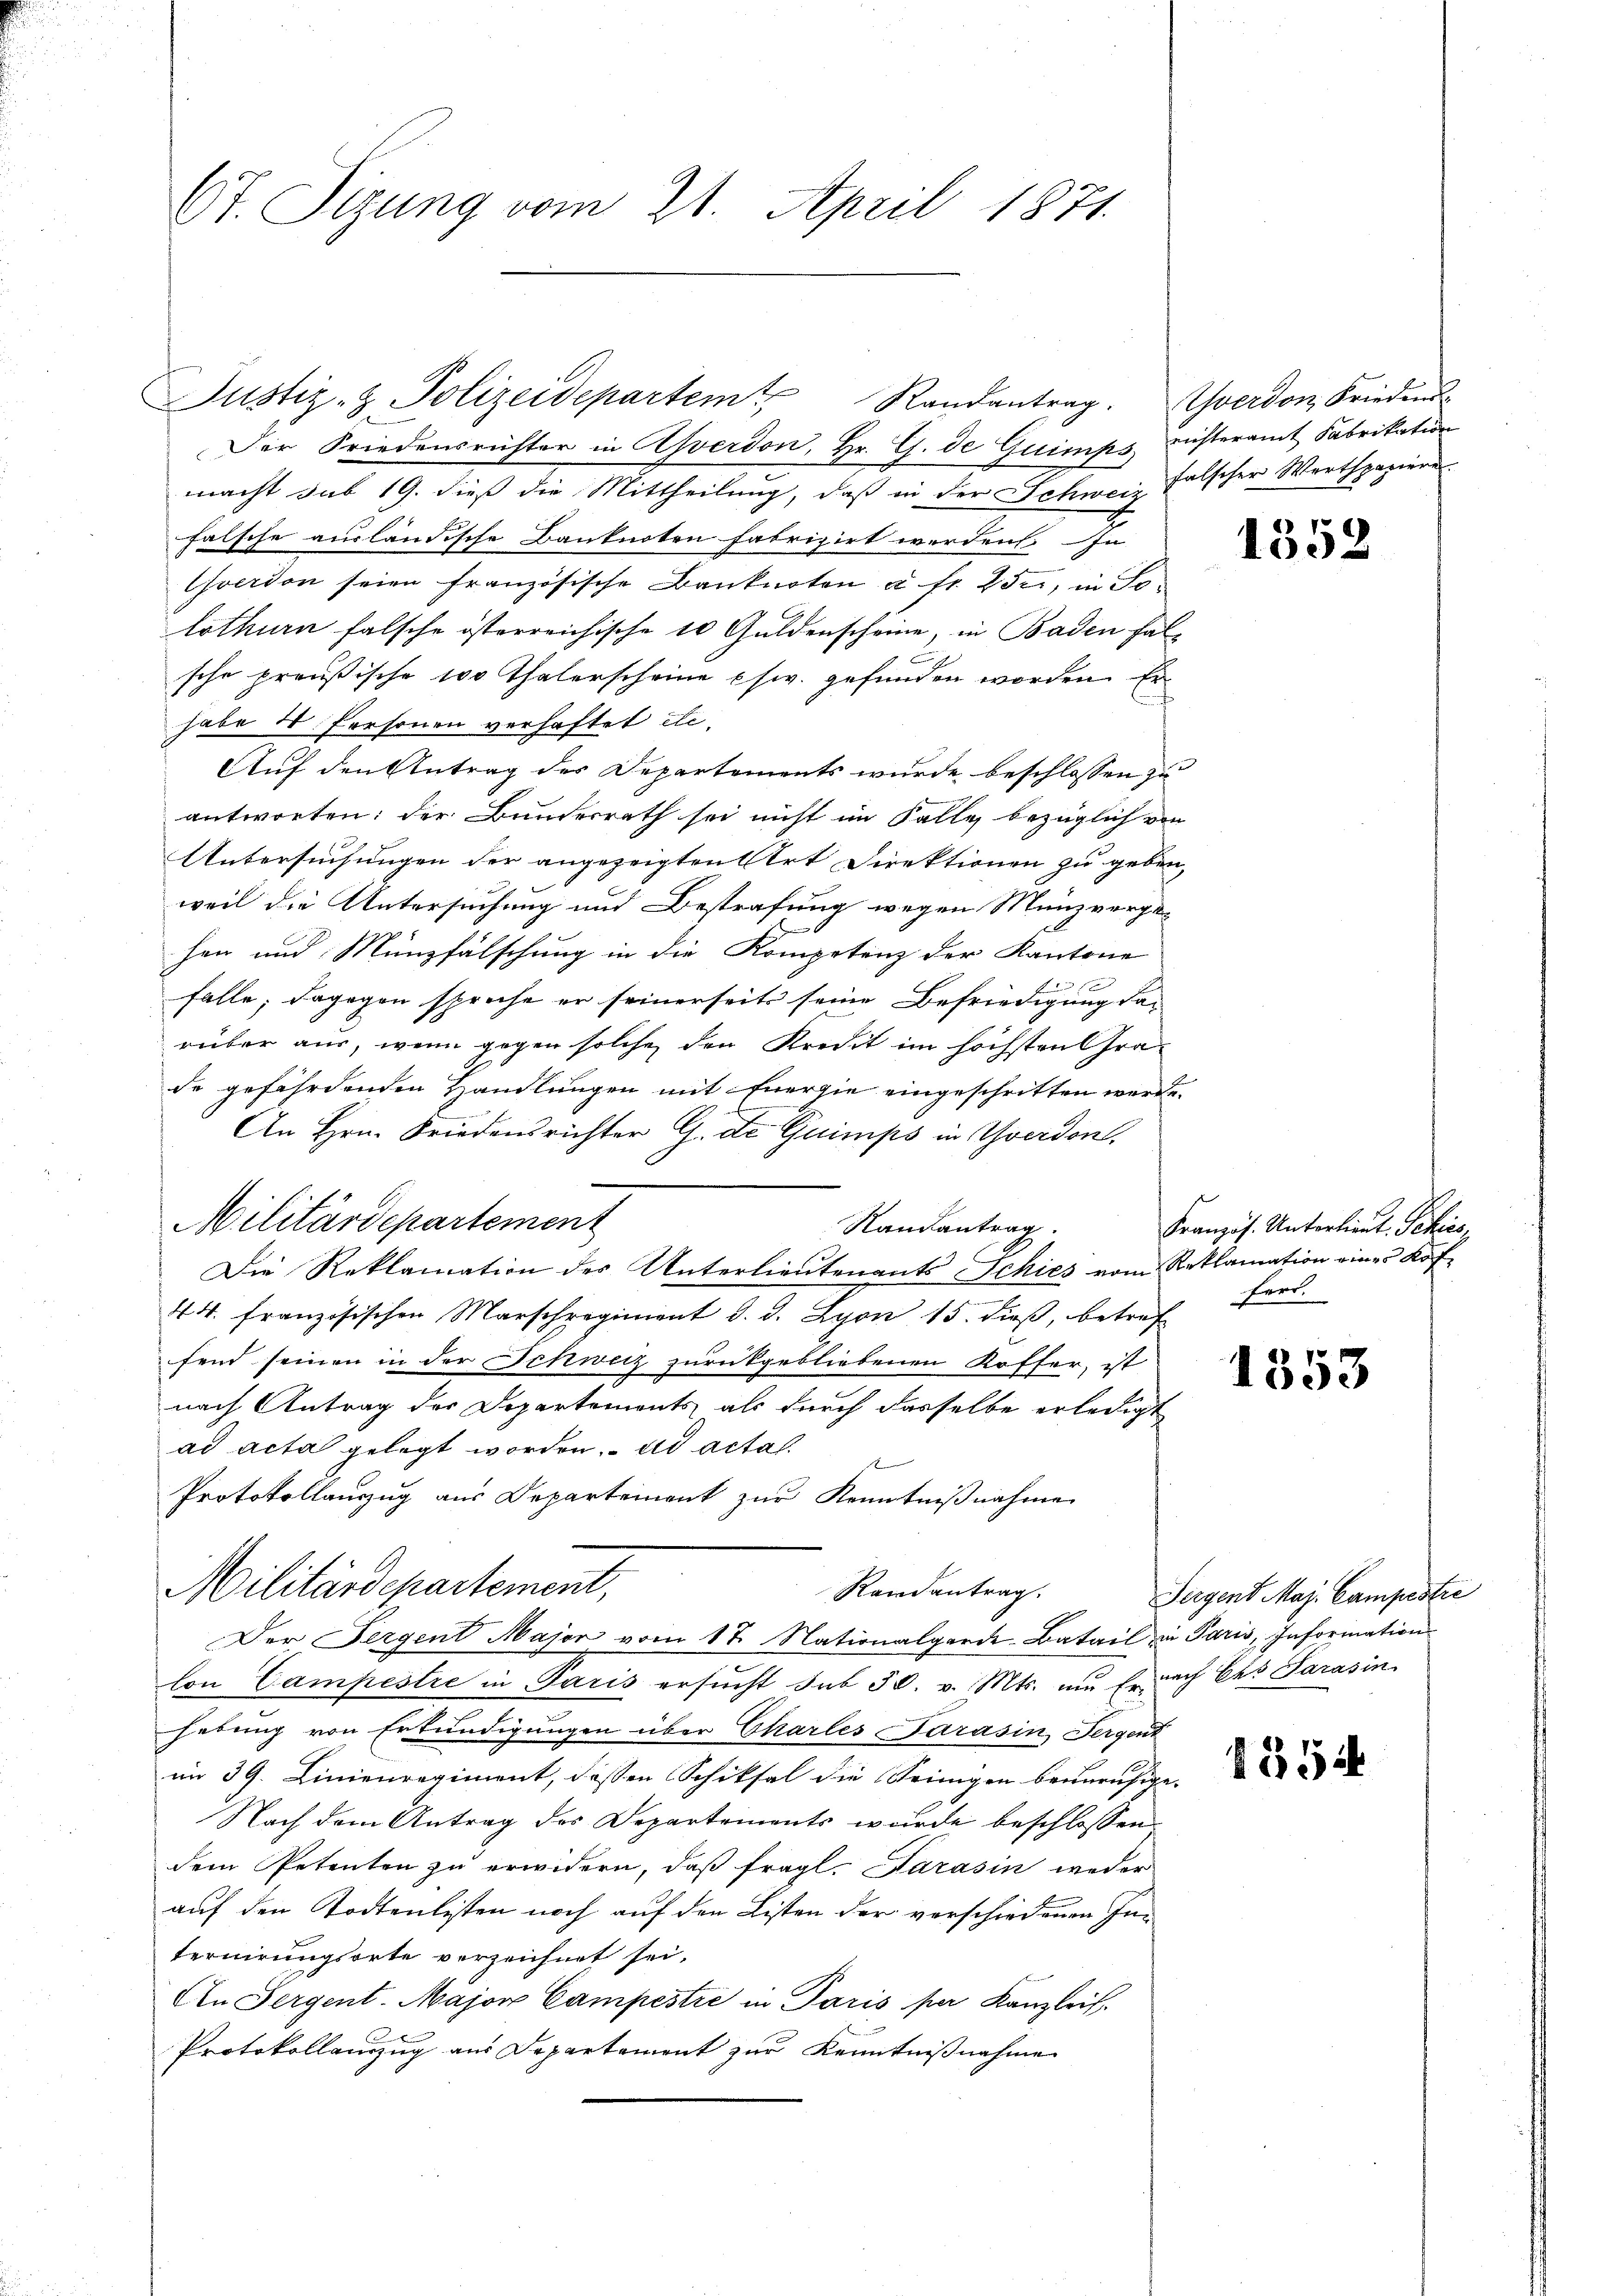
Ot. Sizung vom 21. April 1871.

Justiz- & Polizeidepartem Randantrag. Yverdon Friedens-

Der Friedensrichter in Averdon, Hr. G. de Guimps resteramt Fabrikation
macht sub 19. dieß die Mittheilung, daß in der Schweiz falscher Werthpapien
falsche ausländische Banknoten fabrizirt werden. In
verdon seien französische Banknoten u. fr. 25, in Jo-
lothurn falsche österreichische 10 Guldenscheine, in Baden halsche preußische 100 Thalerscheine usw. gefunden worden. Er
habe 10 Personen verhaftet etc.
Auf den Antrag der Departements wurde beschlossen zu
antworten: der Bunderrath sei nicht im Falle bezüglich von
Untersuchungen der angezeigten Ort Direktionen zu geben,
weil die Untersuchung und Bestrafung wegen Münzverge-
hen und Münzfälschung in die Kompetenz der Kantone
falle; dagegen sprache er seinerseits seine Befriedigung darüber aus, wenn gegen solche den Kredit im höchsten Grade gefährdenden Handlungen mit Energie eingeschritten werde.
An Hrn. Friedensrichter G. de Guimps in Yverdon,
Randantrag
Die Reklamation des Unterlieutenants Schies vom Reklamation eines Kof¬
44. französischen Marschregiment d. d. Lyon 15. dieβ, betref
fend seinen in der Schweiz zurückgebliebenen Koffer, ist
nach Antrag der Departements als durch dasselbe erledigt
ad acta gelegt worden. ad actal
Protokollauszug aus Departement zur Kenntnißnahme
Militärdepartement,
Randantrag.
Der Sergent Major vom 17. Nationalgarde Batail in Paris, Information
Con Campestre in Paris ersucht sub 30. v. Mts. um Erach Ces Sarasin
hebung von Erkundigungen über Charles Parasin, Sergent
im 39. Linienregiment, dessen Schiksal die Seinigen beunruhige
Nach dem Antrag des Departements wurde beschlossen:
dem Petenten zu erwidern, daß fragl. Sarasin weder
auf den Todtenlisten noch auf den Listen der verschiedenen Internirungsorte verzeichnet sei.
An Sergent. Major Campestre in Paris per Kanzleif.
Protokollauszug aus Departement zur Kenntnißnahme

Militärdepartement

1352

Französ. Unterlieut. Schies,
Ferd.

1353

Sergent Maj. Campestre

1354